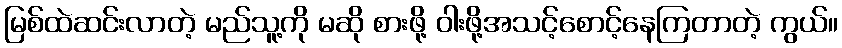
မြစ်ထဲဆင်းလာတဲ့ မည်သူ့ကို မဆို စားဖို့ ဝါးဖို့အသင့်စောင့်နေကြတာတဲ့ ကွယ်။